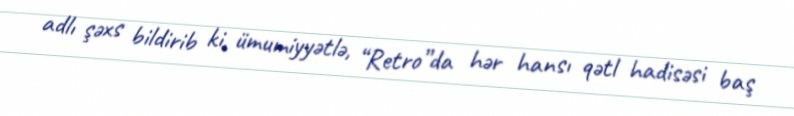
adlı şəxs bildirib ki, ümumiyyətlə, “Retro”da hər hansı qətl hadisəsi baş